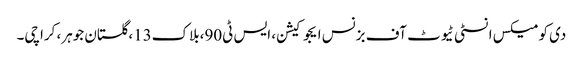
دی کومیکس انسٹی ٹیوٹ آف بزنس ایجوکیشن، ایس ٹی90،بلاک13،گلستان جوہر، کراچی۔